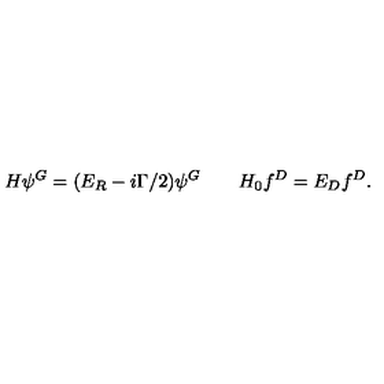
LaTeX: H \psi ^ { G } = ( E _ { R } - i \Gamma / 2 ) \psi ^ { G } \qquad H _ { 0 } f ^ { D } = E _ { D } f ^ { D } .